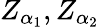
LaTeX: Z_{\alpha_{1}},Z_{\alpha_{2}}